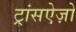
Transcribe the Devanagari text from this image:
ट्रांसऐज़ो